Vital statistics of India. Vol. V, Reports of 1876 on armies & jails and on epidemic cholera
Year: 1876
Disease focus: Cholera
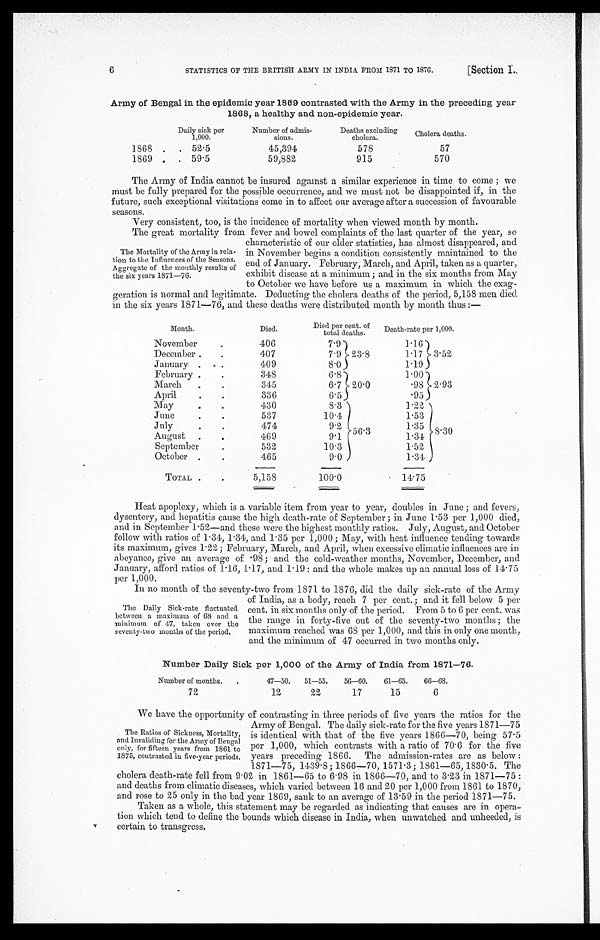
STATISTICS OF THE BRITISH ARMY IN INDIA FROM 1871 TO 1876.
[Section I.
6
Army of Bengal in the epidemic year 1869 contrasted with the Army in the preceding year
1868, a healthy and non-epidemic year.
Daily sick per
1,000.
Number of admis
sions.
Deaths excluding
cholera.
Cholera deaths.
1868 . . 52.5
45,394
578
57
1869 . . 59.5
59,882
915
570
The Army of India cannot be insured against a similar experience in time to come ; we
must be fully prepared for the possible occurrence, and we must not be disappointed if, in the
future, such exceptional visitations come in to affect our average after a succession of favourable
seasons.
Very consistent, too, is the incidence of mortality when viewed month by month.
The great mortality from fever and bowel complaints of the last quarter of the year, so
The Mortality of the Army in rela-
tion to the Influences of the Seasons.
Aggregate of the monthly results of
the six years 1871—76.
characteristic of our older statistics, has almost disappeared, and
in November begins a condition consistently maintained to the
end of January. February, March, and April, taken as a quarter,
exhibit disease at a minimum ; and in the six months from May
to October we have before us a maximum in which the exag-
geration is normal and legitimate. Deducting the cholera deaths of the period, 5,158 men died
in the six years 1871—76, and these deaths were distributed month by month thus :—
Month.
Died.
Died per cent. of
total deaths.
Death-rate per 1,000.
November
.
406
7.9
23.8
1.16
3 . 5 2
December .
.
407
7.9
1.17
January .
.
409
8.0
1.19
February .
.
348
6.8
20.0
1.00
2.93
March
.
.
345
6.7
.98
April
.
.
336
6.5
.95
May
.
.
430
8.3
56.3
1.22
8.30
June
.
.
537
10.4
1.53
July
.
.
4 7 4
9.2
1.35
August .
.
469
9.1
1.34
September
.
532
10.3
1.52
October .
.
465
9.0
1.34
TOTAL .
.
5,158
100.0
14.75
Heat apoplexy, which is a variable item from year to year, doubles in June ; and fevers,
dysentery, and hepatitis cause the high death-rate of September ; in June 1.53 per 1,000 died,
and in September 1.52—and these were the highest monthly ratios. July, August, and October
follow with ratios of 1.34, 1.34, and 1.35 per 1,000 ; May, with heat influence tending towards
its maximum, gives 1.22 ; February, March, and April, when excessive climatic influences are in
abeyance, give an average of .98 ; and the cold-weather mouths, November, December, and
January, afford ratios of 1.16, 1.17, and 1.19: and the whole makes up an annual loss of 14.75
p e r 1 , 0 0 0 .
In no month of the seventy-two -from 1871 to l876, did the daily sink-rate of the Army
The Daily Sick-rate fluctuated
between a maximum of 68 and a
minimum of 47, taken over the
seventy-two months of the period.
of India, as a body, reach 7 per cent.; and it fell below 5 per
cent. in six months only of the period. From 5 to 6 per cent. was
the range in forty-five out of the seventy-two mouths; the
maximum reached was 68 per 1,000, and this in only one month,
and the minimum of 47 occurred in two months only.
Number Daily Sick per 1,000 of the Army of India from 1871—76.
Number of months. .
47—50.
51—55.
56—60.
61—65.
66—68.
72
12
22
17
15
6
We have the opportunity of contrasting in three periods of five year the ratios for the
The Ratios of Sickness, Mortality,
and Invaliding for the Army of Bengal
only, for fifteen years from 1861 to
1875, contrasted in five-year periods.
Army of Bengal. The daily sick-rate for the five years 1871—75
is identical with that of the five years 1866—70, being 57.5
per 1,000, which contrasts with a ratio of 70.6 for the five
years preceding 1866. The admission-rates are as below :
1871—75, 1439.8; 1866—70, 1571.3; 1861—65, 1830.5._ The
cholera death-rate fell from 9.02 in 1861—65 to 6 . 98 in 1866—70, and to 3.23 in 1871—75:
and deaths from climatic diseases, which varied between 16 and 20 per 1,000 from 1861 to 1870,
and rose to 25 only in the bad year 1869, sank to an average of 13.59 in the period 1871—75.
Taken as a whole, this statement may be regarded as indicating that causes are in opera
tion which tend to define the bounds which disease in India, when unwatched and unheeded, is
certain to transgress.